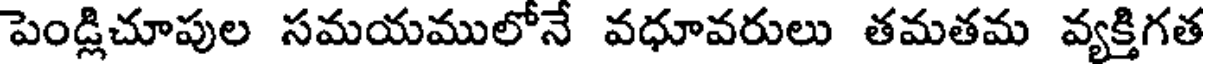
పెండ్లిచూపుల సమయములోనే వధూవరులు తమతమ వ్యక్తిగత